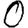
Digit: 0